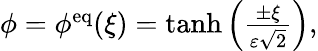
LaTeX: \begin{array}{r}{\phi=\phi^{\mathrm{eq}}(\xi)=\operatorname{tanh}\left(\frac{\pm\xi}{\varepsilon\sqrt{2}}\right),}\end{array}